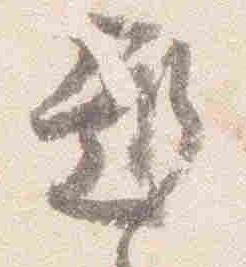
趣